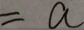
= a